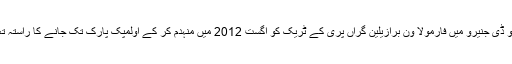
برازیل کے شہر ریو ڈی جنیرو میں فارمولا ون برازیلین گراں پری کے ٹریک کو اگست 2012 میں منہدم کر کے اولمپک پارک تک جانے کا راستہ تعمیر کیا جا رہا ہے۔